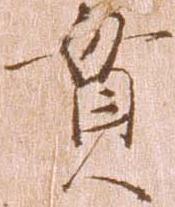
貫